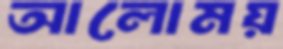
আলোময়